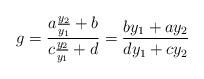
LaTeX: \begin{align*} g = \frac{ a\frac{y_2}{y_1}+b}{c\frac{y_2}{y_1}+d} = \frac{by_1+ay_2}{dy_1+cy_2}\end{align*}